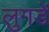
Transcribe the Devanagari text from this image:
लुगडें